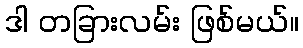
ဒါ တခြားလမ်း ဖြစ်မယ်။